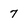
Character: 7